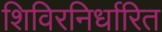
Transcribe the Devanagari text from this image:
शिविरनिर्धारित